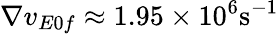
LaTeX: \nabla v_{E0f}\approx 1.95\times 10^{6}\mathrm{s^{-1}}